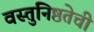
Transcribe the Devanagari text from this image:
वस्तुनिष्ठतेची